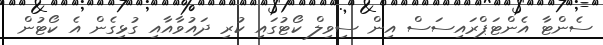
ސެންޓާ އެންޓަޕްރައިސަސް އިން ސިވިލް ކޯޓުގައި ކުރި ދައުވާއާއި ގުޅިގެން އެ ކޯޓުން